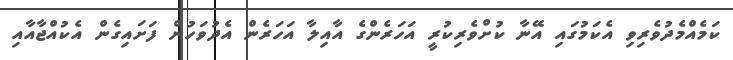
ކަމެއްމެދުވެރިވި އެކަމުގައި އޭނާ ކުށްވެރިކުރީ އަހަރެންގެ އާއިލާ އަހަރެން އެދުވަހުން ފަށައިގެން އެކުއްޖާއާއި